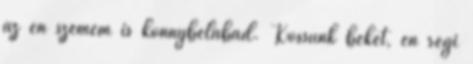
az én szemem is könnybelábad. Kössünk békét, én régi